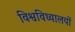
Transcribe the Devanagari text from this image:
विश्वविध्यालयों